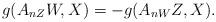
LaTeX: \begin{align*}g(A_{nZ}W, X) =-g(A_{nW}Z, X).\end{align*}